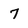
Character: 7